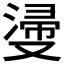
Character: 𣺎